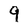
Character: 9